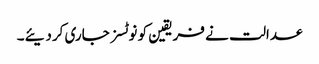
عدالت نے فریقین کو نوٹسز جاری کردیئے۔